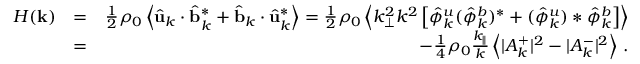
\begin{array} { r l r } { H ( { \bf k } ) } & { = } & { \frac { 1 } { 2 } \rho _ { 0 } \left\langle \hat { \bf u } _ { k } \cdot \hat { \bf b } _ { k } ^ { * } + \hat { \bf b } _ { k } \cdot \hat { \bf u } _ { k } ^ { * } \right\rangle = \frac { 1 } { 2 } \rho _ { 0 } \left\langle k _ { \perp } ^ { 2 } k ^ { 2 } \left[ \hat { \phi } _ { k } ^ { u } ( \hat { \phi } _ { k } ^ { b } ) ^ { * } + ( \hat { \phi } _ { k } ^ { u } ) * \hat { \phi } _ { k } ^ { b } \right] \right\rangle } \\ & { = } & { - \frac { 1 } { 4 } \rho _ { 0 } \frac { k _ { \parallel } } { k } \left\langle \vert A _ { k } ^ { + } \vert ^ { 2 } - \vert A _ { k } ^ { - } \vert ^ { 2 } \right\rangle \, . } \end{array}